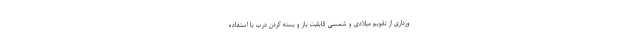
ورداری از تقویم میلادی و شمسی قابلیت باز و بسته کردن درب با استفاده